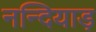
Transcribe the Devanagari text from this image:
नन्दियाड़